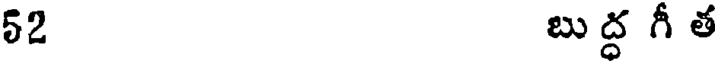
52 బుద్ధ గీ త